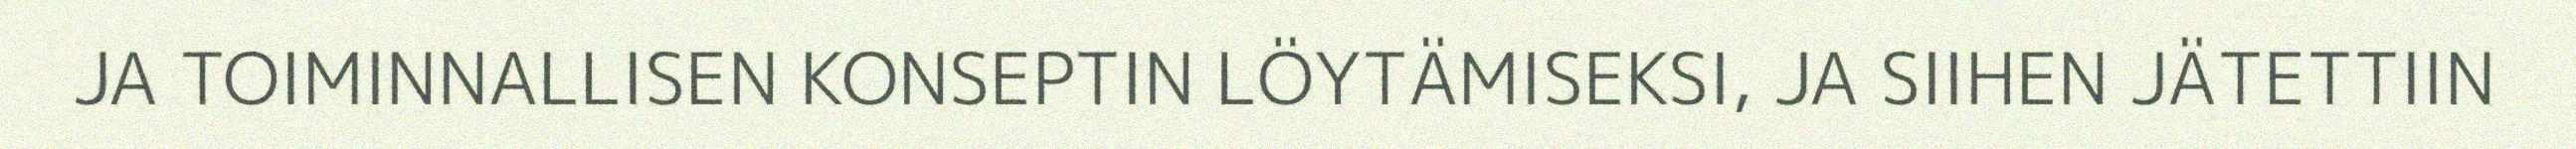
JA TOIMINNALLISEN KONSEPTIN LÖYTÄMISEKSI, JA SIIHEN JÄTETTIIN